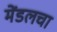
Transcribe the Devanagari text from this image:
मेंडलचा